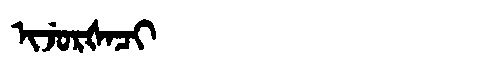
Manchu: ᡳᠵᡠᡵᡧᠠᠴᡳ
Romanization: IJURŠACI